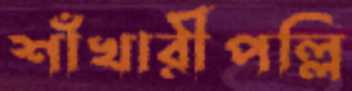
শাঁখারীপল্লি